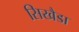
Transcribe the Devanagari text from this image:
सिखैडा